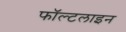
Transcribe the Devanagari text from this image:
फॉल्टलाइन